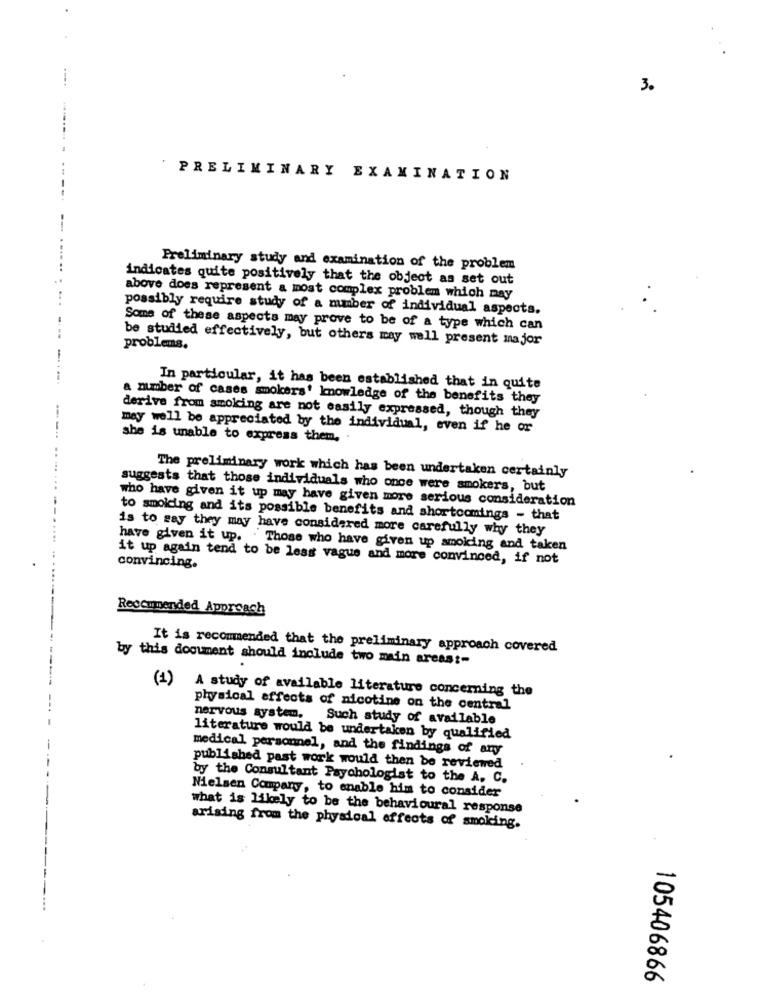
3.
PRELIMINARY EXAMINATION
--
Preliminary study and examination of the problem
indicates quite positively that the object as set out
above does represent a most complex problem which may
possibly require study of a mmber of individual aspects.
Some of these aspects may prove to be of a type which can
be studied effectively, but others may well present major
problems.
In particular, it has been established that in quite
a number of cases smokers' knowledge of the benefits they
derive from smoking are not easily expressed, though they
may well be appreciated by the individual, even if he or
she is unable to express them.
The preliminary work which has been undertaken certainly
suggests that those individuals who once were smokers, but
who have given it up may have given more serious consideration
to smoicing and its possible benefits and shortcomings - that
is to say they may have considered more carefully why they
...
have given it up. Those who have given up smoking and taken
it up again tend to be less vague and more convinced, if not
convincing.
Reccumended Approach
It is recommended that the preliminary approach covered
by this document should include two main areas :-
(1) A study of available literature concerning the
physical effects of nicotine on the central
nervous system, Such study of available
literature would be undertaken by qualified
medical personnel, and the findings of any
published past work would then be reviewed
by the Consultant Psychologist to the A. C.
Nielsen Company, to enable him to consider
what is likely to be the behavioural response
arising from the physical effects of smoking.
105406866